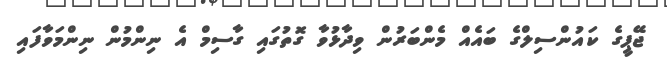
ޖޭޕީގެ ކައުންސިލްގެ ބައެއް މެންބަރުން ވިދާޅުވާ ގޮތުގައި ގާސިމް އެ ނިންމުން ނިންމަވާފައި